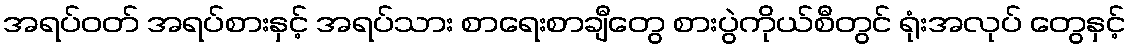
အရပ်ဝတ် အရပ်စားနှင့် အရပ်သား စာရေးစာချီတွေ စားပွဲကိုယ်စီတွင် ရုံးအလုပ် တွေနှင့်